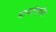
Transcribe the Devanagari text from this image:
नाथांपर्यंत